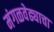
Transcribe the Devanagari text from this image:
मंगळवेढ्याचा